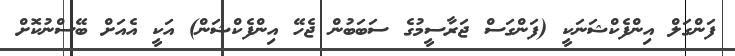
ފަންގަލް އިންފެކްޝަނަކީ (ފަންގަސް ޖަރާސީމުގެ ސަބަބުން ޖެހޭ އިންފެކްޝަން) އަކީ އެއަށް ބޭސްނުކޮށް